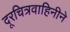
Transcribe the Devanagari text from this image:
दूरचित्रवाहिनीने